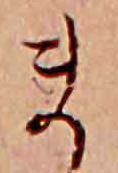
ま